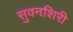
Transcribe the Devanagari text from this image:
सुवनशिरी